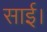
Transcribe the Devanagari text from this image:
साई।